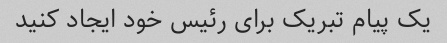
یک پیام تبریک برای رئیس خود ایجاد کنید